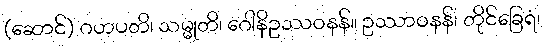
(ဆောင်) ဂဟပတိ၊ သမ္မုတိ၊ ဂေါနိဥဿဝနန်။ ဥဿာဝနန်၊ တိုင်ခြေရံ၊